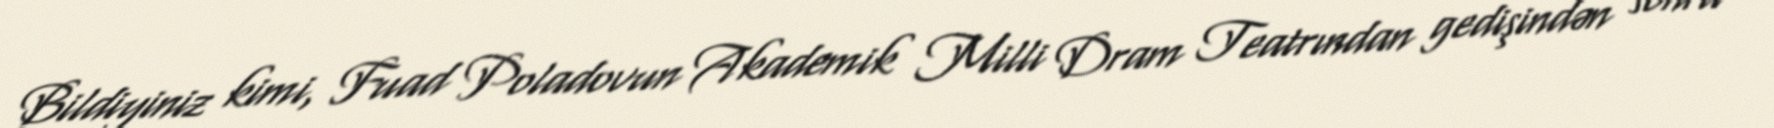
Bildiyiniz kimi, Fuad Poladovun Akademik Milli Dram Teatrından gedişindən sonra